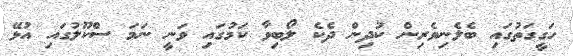
ހަގީގަތުގައި ބެލެނިވެރިން ކުދިން ދެކެ ލޯބިވާ ކަމުގައި ވަނީ ނަމަ ސްކޫލުގައި އުޅޭ